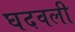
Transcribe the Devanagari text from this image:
घदवली